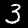
Digit: 3